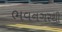
ભવનગરથી